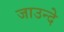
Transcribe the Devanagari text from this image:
जाउन्दे